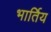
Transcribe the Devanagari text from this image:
भार्तिय